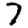
Digit: 7